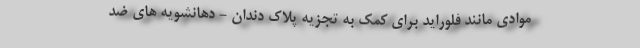
موادی مانند فلوراید برای کمک به تجزیه پلاک دندان - دهانشویه های ضد